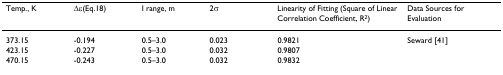
<table><thead><tr><td><b>Temp., K</b></td><td><b>Δε(Eq.18)</b></td><td><b>I range, m</b></td><td><b>2σ</b></td><td><b>Linearity of Fitting (Square of Linear Correlation Coefficient, R<sup>2</sup>)</b></td><td><b>Data Sources for Evaluation</b></td></tr></thead><tbody><tr><td>373.15</td><td>-0.194</td><td>0.5–3.0</td><td>0.023</td><td>0.9821</td><td>Seward [41]</td></tr><tr><td>423.15</td><td>-0.227</td><td>0.5–3.0</td><td>0.032</td><td>0.9807</td><td></td></tr><tr><td>470.15</td><td>-0.243</td><td>0.5–3.0</td><td>0.032</td><td>0.9832</td><td></td></tr></tbody></table>